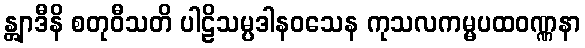
န္တျာဒီနိ စတုဝီသတိ ပါဠိသမ္ပဒါနဝသေန ကုသလကမ္မပထဝဏ္ဏနာ